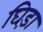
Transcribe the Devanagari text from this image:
घिड़ा